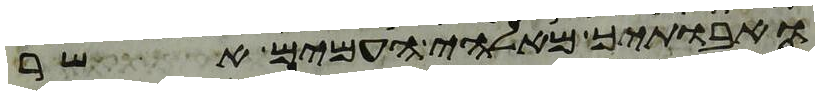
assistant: ואבתיך מאלהי העמים אשר